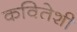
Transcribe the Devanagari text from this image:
कवितेशी